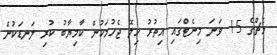
މެޗްގެ 15 ވަނަ މިނެޓްގައި އިތުރު ހިލޭ ޖެހުމަކުން ކާމިޔާބު ކުރި ލަނޑަކުން